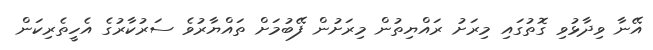
އޭނާ ވިދާޅުވި ގޮތުގައި މިރަށު ރައްޔިތުން މިރަށުން ފޭބުމަށް ތައްޔާރުވެ ސަރުކާރުގެ އެހީތެރިކަން